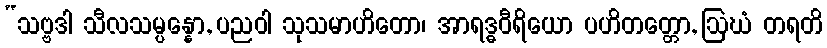
“သဗ္ဗဒါ သီလသမ္ပန္နော, ပညဝါ သုသမာဟိတော၊ အာရဒ္ဓဝီရိယော ပဟိတတ္တော, ဩဃံ တရတိ